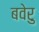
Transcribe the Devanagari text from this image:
बवेरु